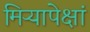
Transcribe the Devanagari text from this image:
मिऱ्यापेक्षां